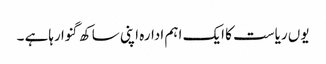
یوں ریاست کا ایک اہم ادارہ اپنی ساکھ گنوا رہاہے ۔